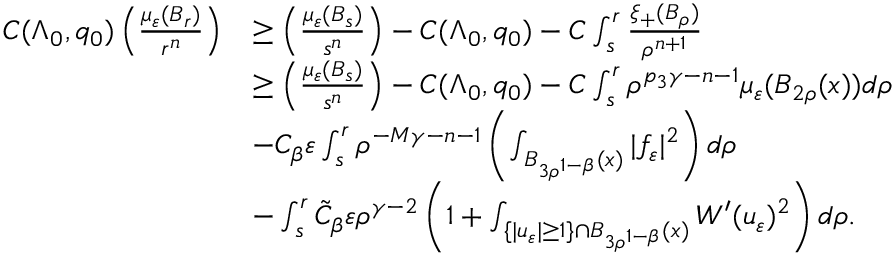
\begin{array} { r l } { C ( \Lambda _ { 0 } , q _ { 0 } ) \left( \frac { \mu _ { \varepsilon } ( B _ { r } ) } { r ^ { n } } \right) } & { \geq \left( \frac { \mu _ { \varepsilon } ( B _ { s } ) } { s ^ { n } } \right) - C ( \Lambda _ { 0 } , q _ { 0 } ) - C \int _ { s } ^ { r } \frac { \xi _ { + } ( B _ { \rho } ) } { \rho ^ { n + 1 } } } \\ & { \geq \left( \frac { \mu _ { \varepsilon } ( B _ { s } ) } { s ^ { n } } \right) - C ( \Lambda _ { 0 } , q _ { 0 } ) - C \int _ { s } ^ { r } \rho ^ { p _ { 3 } \gamma - n - 1 } \mu _ { \varepsilon } ( B _ { 2 \rho } ( x ) ) d \rho } \\ & { - C _ { \beta } \varepsilon \int _ { s } ^ { r } \rho ^ { - M \gamma - n - 1 } \left( \int _ { B _ { 3 \rho ^ { 1 - \beta } } ( x ) } | f _ { \varepsilon } | ^ { 2 } \right) d \rho } \\ & { - \int _ { s } ^ { r } \tilde { C } _ { \beta } \varepsilon \rho ^ { \gamma - 2 } \left( 1 + \int _ { \{ | u _ { \varepsilon } | \geq 1 \} \cap B _ { 3 \rho ^ { 1 - \beta } } ( x ) } W ^ { \prime } ( u _ { \varepsilon } ) ^ { 2 } \right) d \rho . } \end{array}